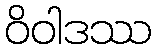
ဝိဝါဒဿ